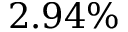
2 . 9 4 \%